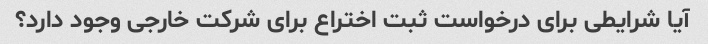
آیا شرایطی برای درخواست ثبت اختراع برای شرکت خارجی وجود دارد؟